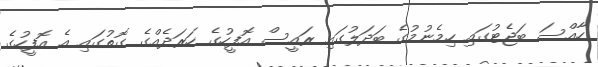
ހާއްސަ ބަޖެޓުގައި ހިމެނުމުގެ ބަދަލުގައި ރައީސް އޮފީހުގެ ހަރަދެއްގެ ގޮތުގައި އެ އޮފީހުގެ